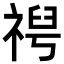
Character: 𫀕